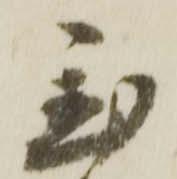
置